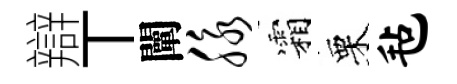
辯丅闡脉霜栗毡